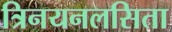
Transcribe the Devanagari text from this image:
त्रिनयनलसिता